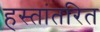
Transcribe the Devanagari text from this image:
हस्तांतरित